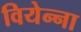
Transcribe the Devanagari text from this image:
वियेन्ना